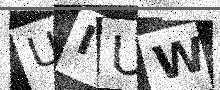
Text: UIUW